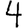
Digit: 4